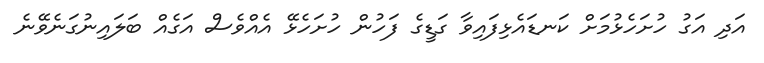
އަދި އަގު ހުށަހެޅުމަށް ކަނޑައެޅިފައިވާ ގަޑީގެ ފަހުން ހުށަހެޅޭ އެއްވެސް އަގެއް ބަލައިނުގަނެވޭނެ